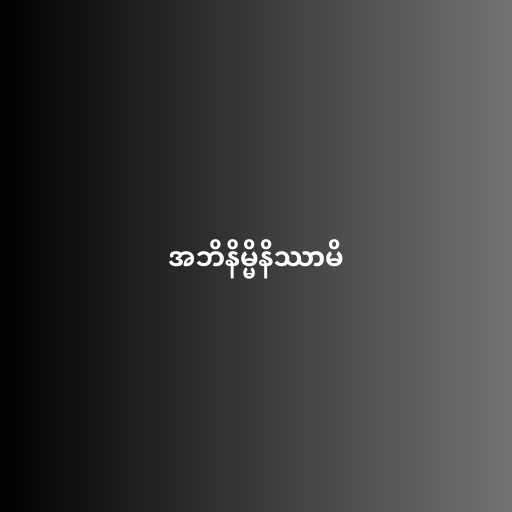
အဘိနိမ္မိနိဿာမိ